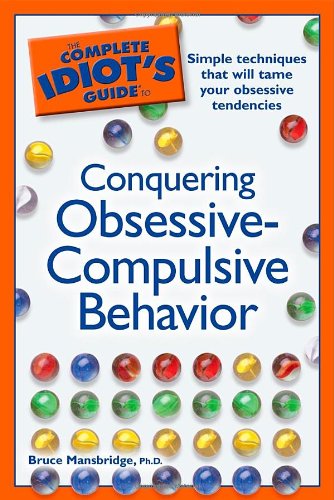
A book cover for The Complete Idiot's Guide to Conquering Obsessive Compulsive Behavior; Bruce Mansbridge Ph.D.; Health, Fitness & Dieting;